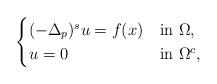
LaTeX: \begin{align*}\begin{cases}(-\Delta_p)^s u=f(x) &\mbox{in } \Omega,\\u=0 &\mbox{in }\Omega^c, \end{cases} \end{align*}